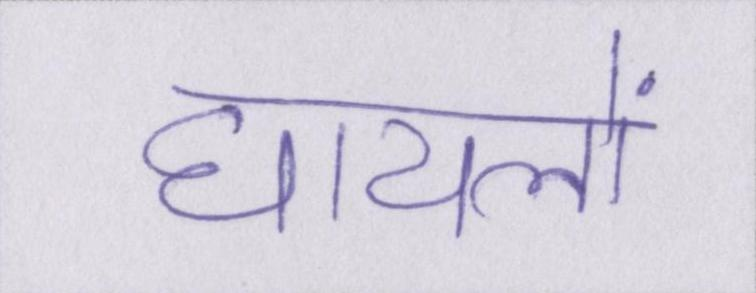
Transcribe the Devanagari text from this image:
घायलों